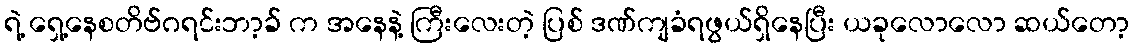
ရဲ့ ရှေ့နေစတိဗ်ဂရင်းဘာ့ခ် က အနေနဲ့ ကြီးလေးတဲ့ ပြစ် ဒဏ်ကျခံရဖွယ်ရှိနေပြီး ယခုလောလော ဆယ်တော့